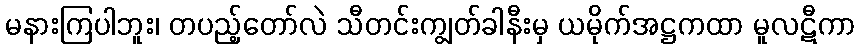
မနားကြပါဘူး၊ တပည့်တော်လဲ သီတင်းကျွတ်ခါနီးမှ ယမိုက်အဋ္ဌကထာ မူလဋီကာ